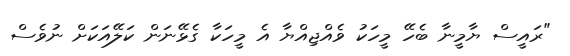
"ރައީސް ޔާމީނާ ބެހޭ މީހަކު ވެއްޖިއްޔާ އެ މީހަކާ ގެޅޭނަން ކަލޭއަކަށް ނުވެސް